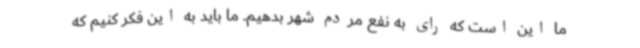
ما این است که رای به نفع مردم شهر بدهیم. ما باید به این فکر کنیم که